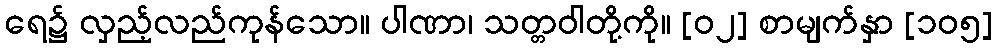
ရေ၌ လှည့်လည်ကုန်သော။ ပါဏာ၊ သတ္တဝါတို့ကို။ [၀၂] စာမျက်နှာ [၁၀၅]